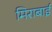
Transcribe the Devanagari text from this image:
मिराबाई